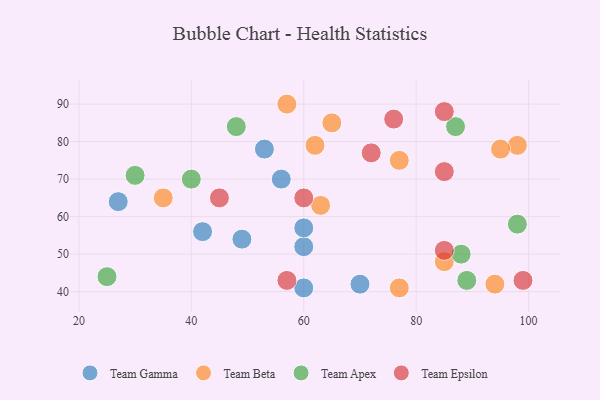
{"axis": {"x": "GDP", "y": "Life Expectancy"}, "legend": ["Team Apex", "Team Beta", "Team Epsilon", "Team Gamma"], "data": [{"x": "56", "y": 70, "type": "Team Gamma"}, {"x": "49", "y": 54, "type": "Team Gamma"}, {"x": "60", "y": 52, "type": "Team Gamma"}, {"x": "42", "y": 56, "type": "Team Gamma"}, {"x": "53", "y": 78, "type": "Team Gamma"}, {"x": "70", "y": 42, "type": "Team Gamma"}, {"x": "60", "y": 41, "type": "Team Gamma"}, {"x": "27", "y": 64, "type": "Team Gamma"}, {"x": "60", "y": 57, "type": "Team Gamma"}, {"x": "77", "y": 75, "type": "Team Beta"}, {"x": "35", "y": 65, "type": "Team Beta"}, {"x": "98", "y": 79, "type": "Team Beta"}, {"x": "95", "y": 78, "type": "Team Beta"}, {"x": "57", "y": 90, "type": "Team Beta"}, {"x": "62", "y": 79, "type": "Team Beta"}, {"x": "94", "y": 42, "type": "Team Beta"}, {"x": "77", "y": 41, "type": "Team Beta"}, {"x": "65", "y": 85, "type": "Team Beta"}, {"x": "63", "y": 63, "type": "Team Beta"}, {"x": "85", "y": 48, "type": "Team Beta"}, {"x": "88", "y": 50, "type": "Team Apex"}, {"x": "87", "y": 84, "type": "Team Apex"}, {"x": "98", "y": 58, "type": "Team Apex"}, {"x": "30", "y": 71, "type": "Team Apex"}, {"x": "40", "y": 70, "type": "Team Apex"}, {"x": "48", "y": 84, "type": "Team Apex"}, {"x": "25", "y": 44, "type": "Team Apex"}, {"x": "89", "y": 43, "type": "Team Apex"}, {"x": "85", "y": 88, "type": "Team Epsilon"}, {"x": "45", "y": 65, "type": "Team Epsilon"}, {"x": "57", "y": 43, "type": "Team Epsilon"}, {"x": "85", "y": 72, "type": "Team Epsilon"}, {"x": "60", "y": 65, "type": "Team Epsilon"}, {"x": "72", "y": 77, "type": "Team Epsilon"}, {"x": "99", "y": 43, "type": "Team Epsilon"}, {"x": "85", "y": 51, "type": "Team Epsilon"}, {"x": "76", "y": 86, "type": "Team Epsilon"}]}